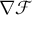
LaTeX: \nabla { \mathcal { F } }